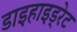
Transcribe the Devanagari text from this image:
डाइहाइड्रेट